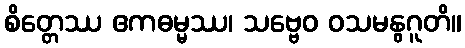
စိတ္တေဿ ဧကဓမ္မဿ၊ သဗ္ဗေဝ ဝသမနွဂူတိ။